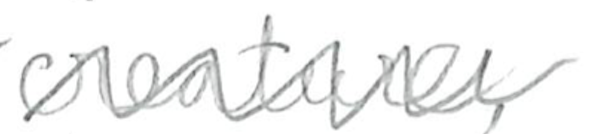
Text: creature,
Cross-out: zig-zag
Writing tool: pencil